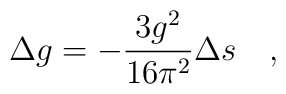
\Delta g=-{3g^2\over 16\pi^2}\Delta s\quad,